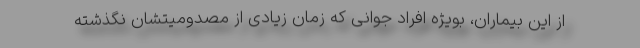
از این بیماران، بویژه افراد جوانی که زمان زیادی از مصدومیتشان نگذشته